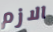
الازم